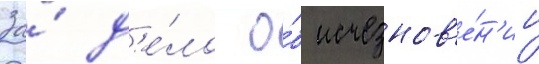
За́ д'е́ло о́б исчезнов'е́н'ии